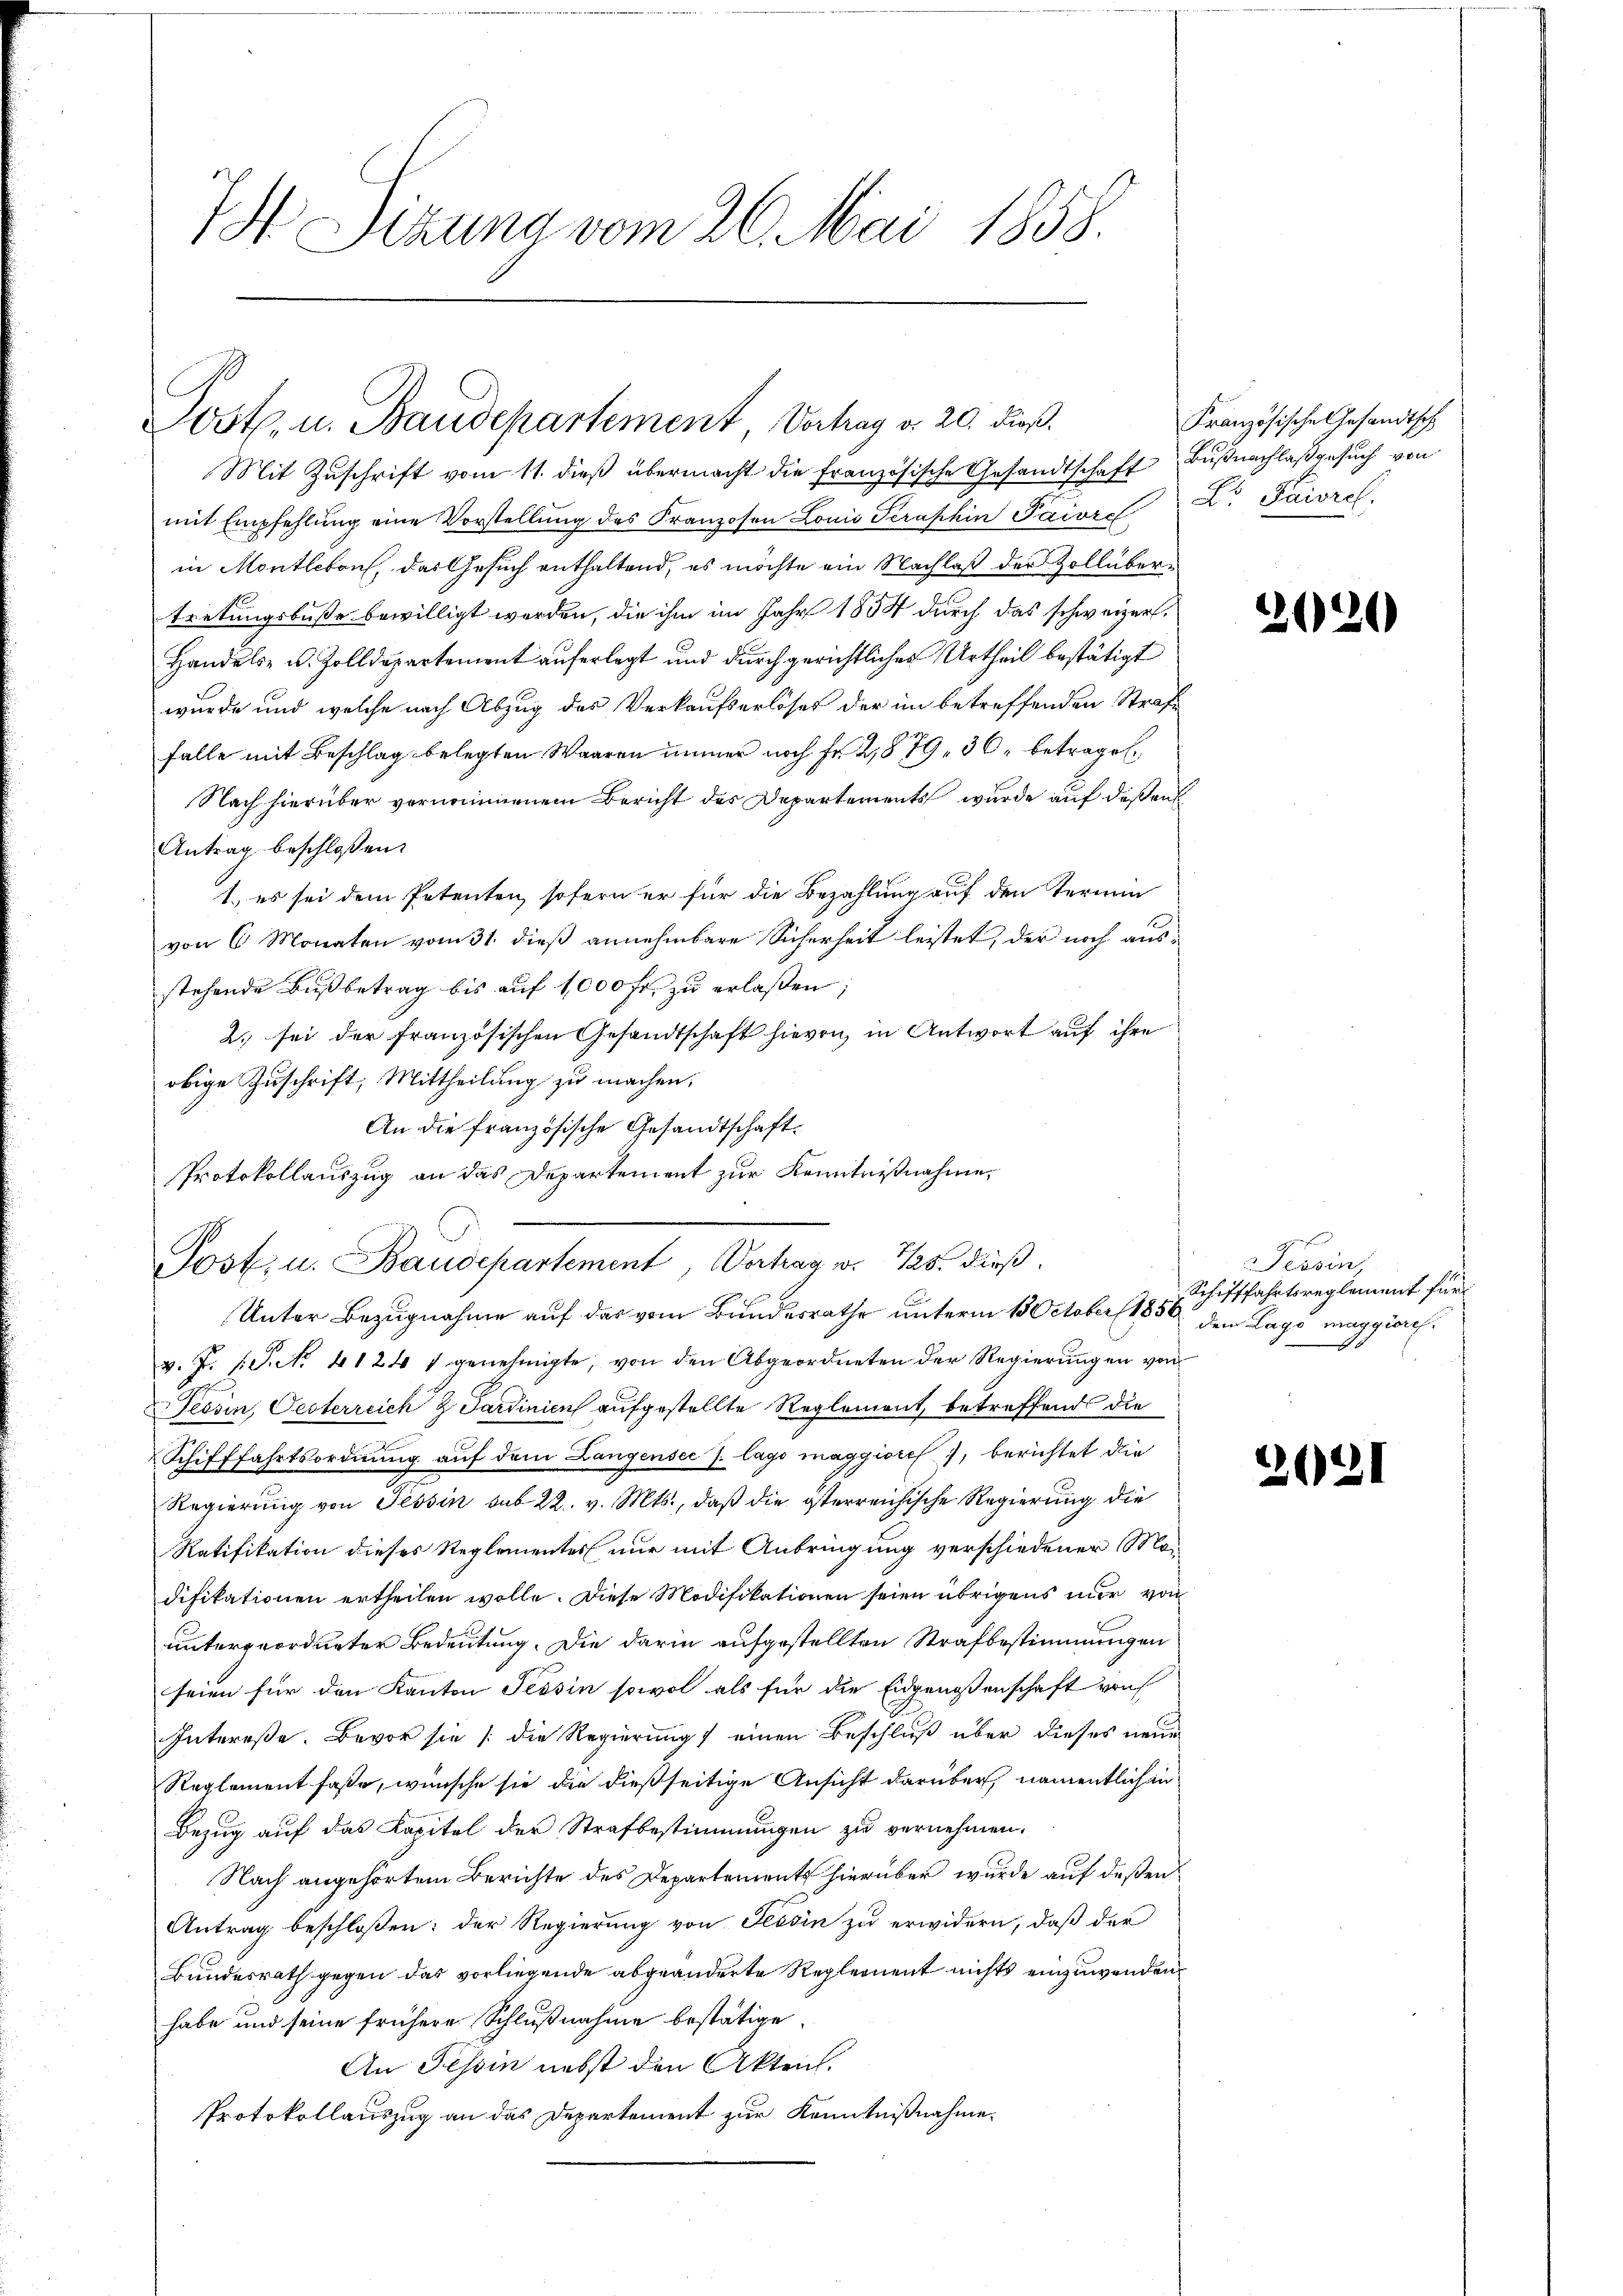
I Sizung vom 26. Mai 1858.

Post. u. Baudepartement, Vertrag d. 20. dieß.

Mit Zuschrift vom 11. dieß übermacht die französische Gesandtschaft Bußnachlaß gesuch von
mit Empfehlung eine Vorstellung des Franzosen Lonio Serashin Paior Dr. Paiorel,
in Montletont, das Gesuch enthaltend, es möchte ein Nachlaß der Zollübertretungsbuße bewilligt werden, die ihm im Jahr 1858 durch das schweizer¬
Handels- u. Zolldepartement auferlegt und durch gerichtliches Urtheil bestätigt
wurde und welche nach Abzug des Verkaufserlöses der im betreffenden Strafe
falle mit Beschlag belegten Waaren immer noch Fr. 21879, 30. betragen.
Nach hierüber vernommenem Bericht des Departements wurde auf deßen
Antrag beschlossen:
1.) es sei dem Petenten, sofern er für die Bezahlung auf den Termin
von 6 Monaten vom 31. dieß annehmbare Sicherheit leistet, der noch ausstehende Bußbetrag bis auf 1000 fr. zu erlaßen,
2. sei der französischen Gesandtschaft hievon, in Antwort auf ihre
obige Zuschrift, Mittheilung zu machen.
An die französische Gesandtschaft
Protokollauszug an das Departement zur Kenntnißnahme,

Post. u. Baudepartement, Vertrag v. 125. dieß

Französische Gesandtsch

Unter Bezugnahme auf das vom Bundesrathe unterm 13. October 1858 dem Lage maggionsv. J. s. S. No. 41241 genehmigte, von den Abgeordneten der Regierungen von
Tessin, Oesterreich & Sardinien aufgestellte Reglement, betreffend die
Schifffahrtsordnung auf dem Langensee s. lago maggiore 7, berichtet die
Regierung von Tessin sub 22. v. Mts., daß die österreichische Regierung die
Ratifikation dieses Reglementes nur mit Anbringung verschiedener Mo-
difikationen ertheilen wolle. Diese Modifikationen seien übrigens nur von
untergeordneter Bedeutung. Die darin aufgestellten Strafbestimmungen
seien für den Kanton Tessin sowol als für die Eidgenossenschaft von
Intereße. Bevor sie (die Regierung einen Beschluß über dieses neue
Reglement faße, wünsche sie die dießseitige Ansicht darüber, namentlich in
Bezug auf das Kapitel der Strafbestimmungen zu vernehmen.
Nach angehörtem Berichte des Departements hierüber wurde auf deßen
Antrag beschloßen: der Regierung von Tessin zu erwidern, daß der
Bundesrath gegen das vorliegende abgeänderte Reglernent nichts einzuwenden
habe und seine frühere Schlußnahme bestätige
An Tessin nebst den Akten.
Protokollauszug an das Departement zur Kenntnißnahme.

2

Tessin,
Schifffahrtsreglement für

262